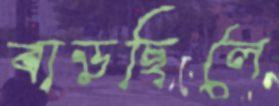
বাড়ছিলে